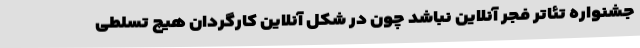
جشنواره تئاتر فجر آنلاین نباشد چون در شکل آنلاین کارگردان هیچ تسلطی